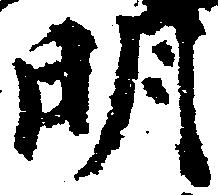
明